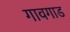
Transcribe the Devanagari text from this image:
गावगाड